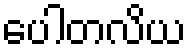
ပေါတလိယ